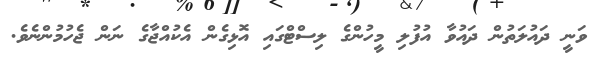
ވަނީ ދައުލަތުން ދައުވާ އުފުލި މީހުންގެ ލިސްޓްގައި އޮޅިގެން އެކުއްޖާގެ ނަން ޖެހުމުންނެވެ.